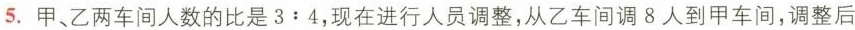
5.甲、乙两车间人数的比是$$3:4$$，现在进行人员调整，从乙车间调8人到甲车间，调整后